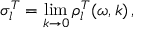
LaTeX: \sigma _ { l } ^ { T } = \operatorname * { l i m } _ { k \rightarrow 0 } \rho _ { l } ^ { T } ( \omega , k ) \, ,